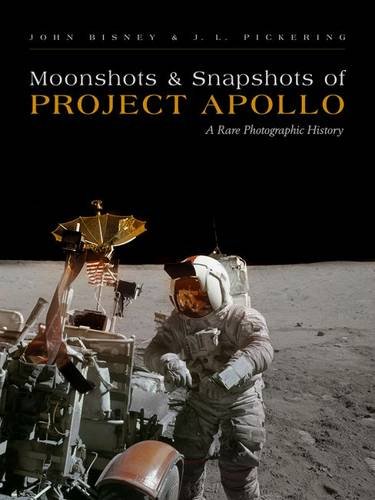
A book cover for Moonshots and Snapshots of Project Apollo: A Rare Photographic History; John Bisney; Engineering & Transportation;